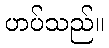
ဟပ်သည်။